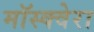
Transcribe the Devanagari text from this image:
मॉस्क्वेरा